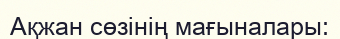
Ақжан сөзінің мағыналары: